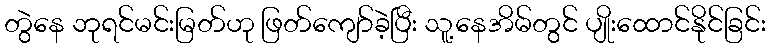
တွဲနေ ဘုရင်မင်းမြတ်ဟု ဖြတ်ကျော်ခဲ့ပြီး သူ့နေအိမ်တွင် ပျိုးထောင်နိုင်ခြင်း